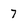
Character: 7